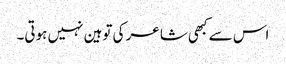
اس سے کبھی شاعر کی توہین نہیں ہوتی۔